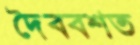
দৈববশত